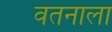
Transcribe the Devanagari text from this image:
वतनाला